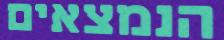
הנמצאים